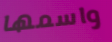
واسمها